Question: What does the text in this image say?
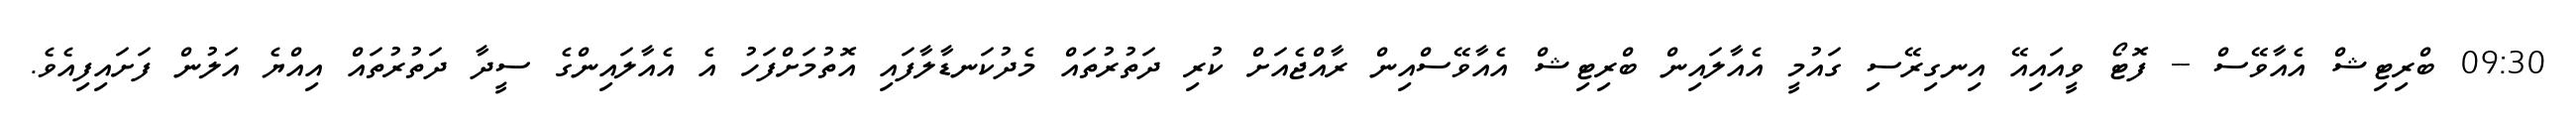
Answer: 09:30 ބްރިޓިޝް އެއާވޭސް -- ފޮޓޯ ވީއައިއޭ އިނގިރޭސި ގައުމީ އެއާލައިން ބްރިޓިޝް އެއާވޭސްއިން ރާއްޖެއަށް ކުރި ދަތުރުތައް މެދުކަނޑާލާފައި އޮތުމަށްފަހު އެ އެއާލައިންގެ ސީދާ ދަތުރުތައް އިއްޔެ އަލުން ފަށައިފިއެވެ.